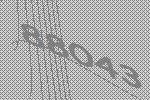
88043